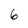
Character: 6